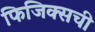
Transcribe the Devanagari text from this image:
फिजिक्सची